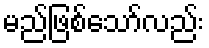
မည်ဖြစ်သော်လည်း